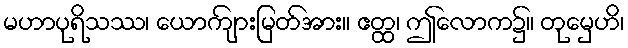
မဟာပုရိသဿ၊ ယောကျ်ားမြတ်အား။ ဧတ္ထ၊ ဤလောက၌။ တုမှေဟိ၊